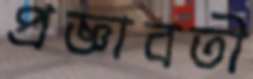
প্রজ্ঞাবতী